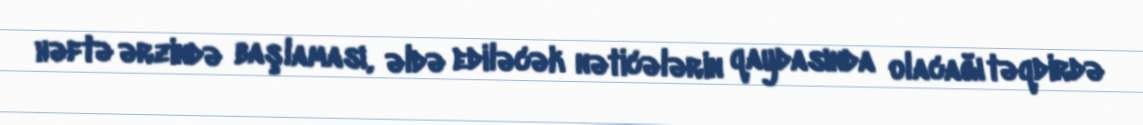
həftə ərzində başlaması, əldə ediləcək nəticələrin qaydasında olacağı təqdirdə